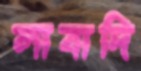
লাবাদি